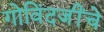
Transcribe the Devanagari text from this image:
गोविंदजींचे